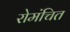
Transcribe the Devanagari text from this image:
रोमंचित